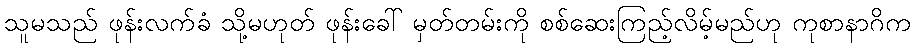
သူမသည် ဖုန်းလက်ခံ သို့မဟုတ် ဖုန်းခေါ် မှတ်တမ်းကို စစ်ဆေးကြည့်လိမ့်မည်ဟု ကုစာနာဂိက